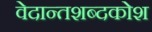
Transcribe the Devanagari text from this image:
वेदान्तशब्दकोश